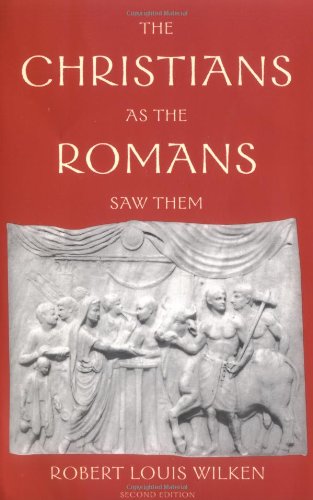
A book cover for The Christians as the Romans Saw Them; Robert Louis Wilken; History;